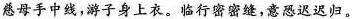
慈母手中线，游子身上衣。临行密密缝，意恐迟迟归。